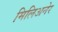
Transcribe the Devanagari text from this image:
मिलिअनेर